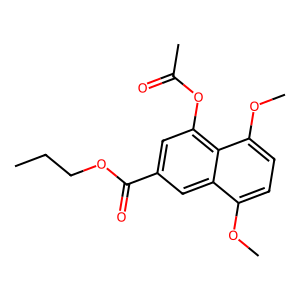
SMILES: CCCOC(=O)c1cc(OC(C)=O)c2c(OC)ccc(OC)c2c1
Inhibits HIV replication: Yes